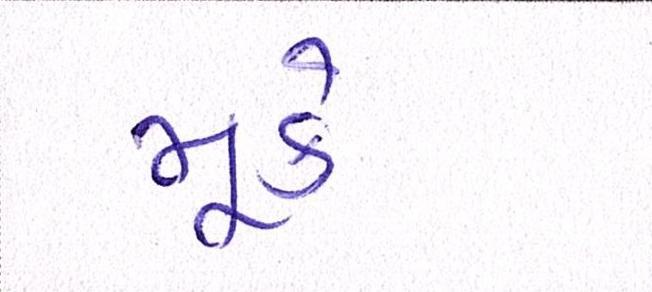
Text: મૂકે